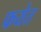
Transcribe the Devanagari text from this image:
फयेत